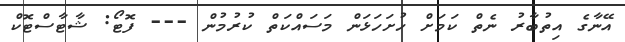
އޭނާގެ އިތުބާރު ނެތް ކަމަށް ހުށަހަޅަން މަސައްކަތް ކުރުމުން --- ފޮޓޯ: ޝާޓާސްޓޮކް